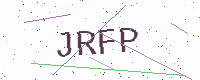
Text: JRFP